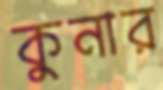
কুনার